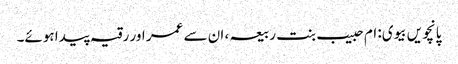
پانچویں بیوی: ام حبیب بنت ربیعہ ، ان سے عمر اور رقیہ پیدا ہوئے۔